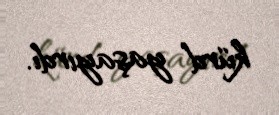
kürd yaşayırdı.